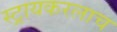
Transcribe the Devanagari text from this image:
स्ट्रायकरलाच